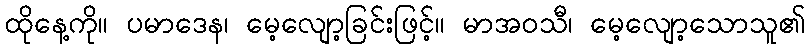
ထိုနေ့ကို။ ပမာဒေန၊ မေ့လျော့ခြင်းဖြင့်။ မာအဝသီ၊ မေ့လျော့သောသူ၏